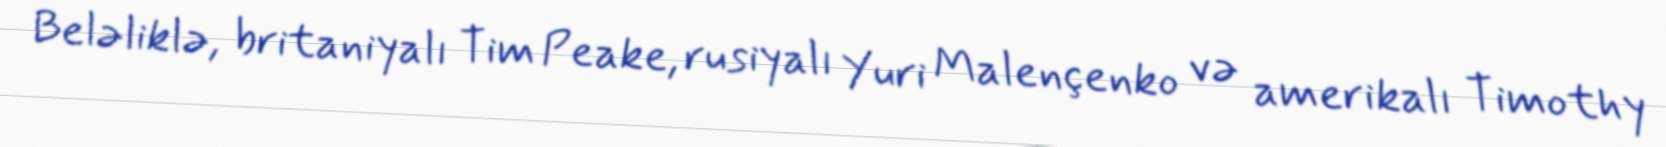
Beləliklə, britaniyalı Tim Peake, rusiyalı Yuri Malençenko və amerikalı Timothy